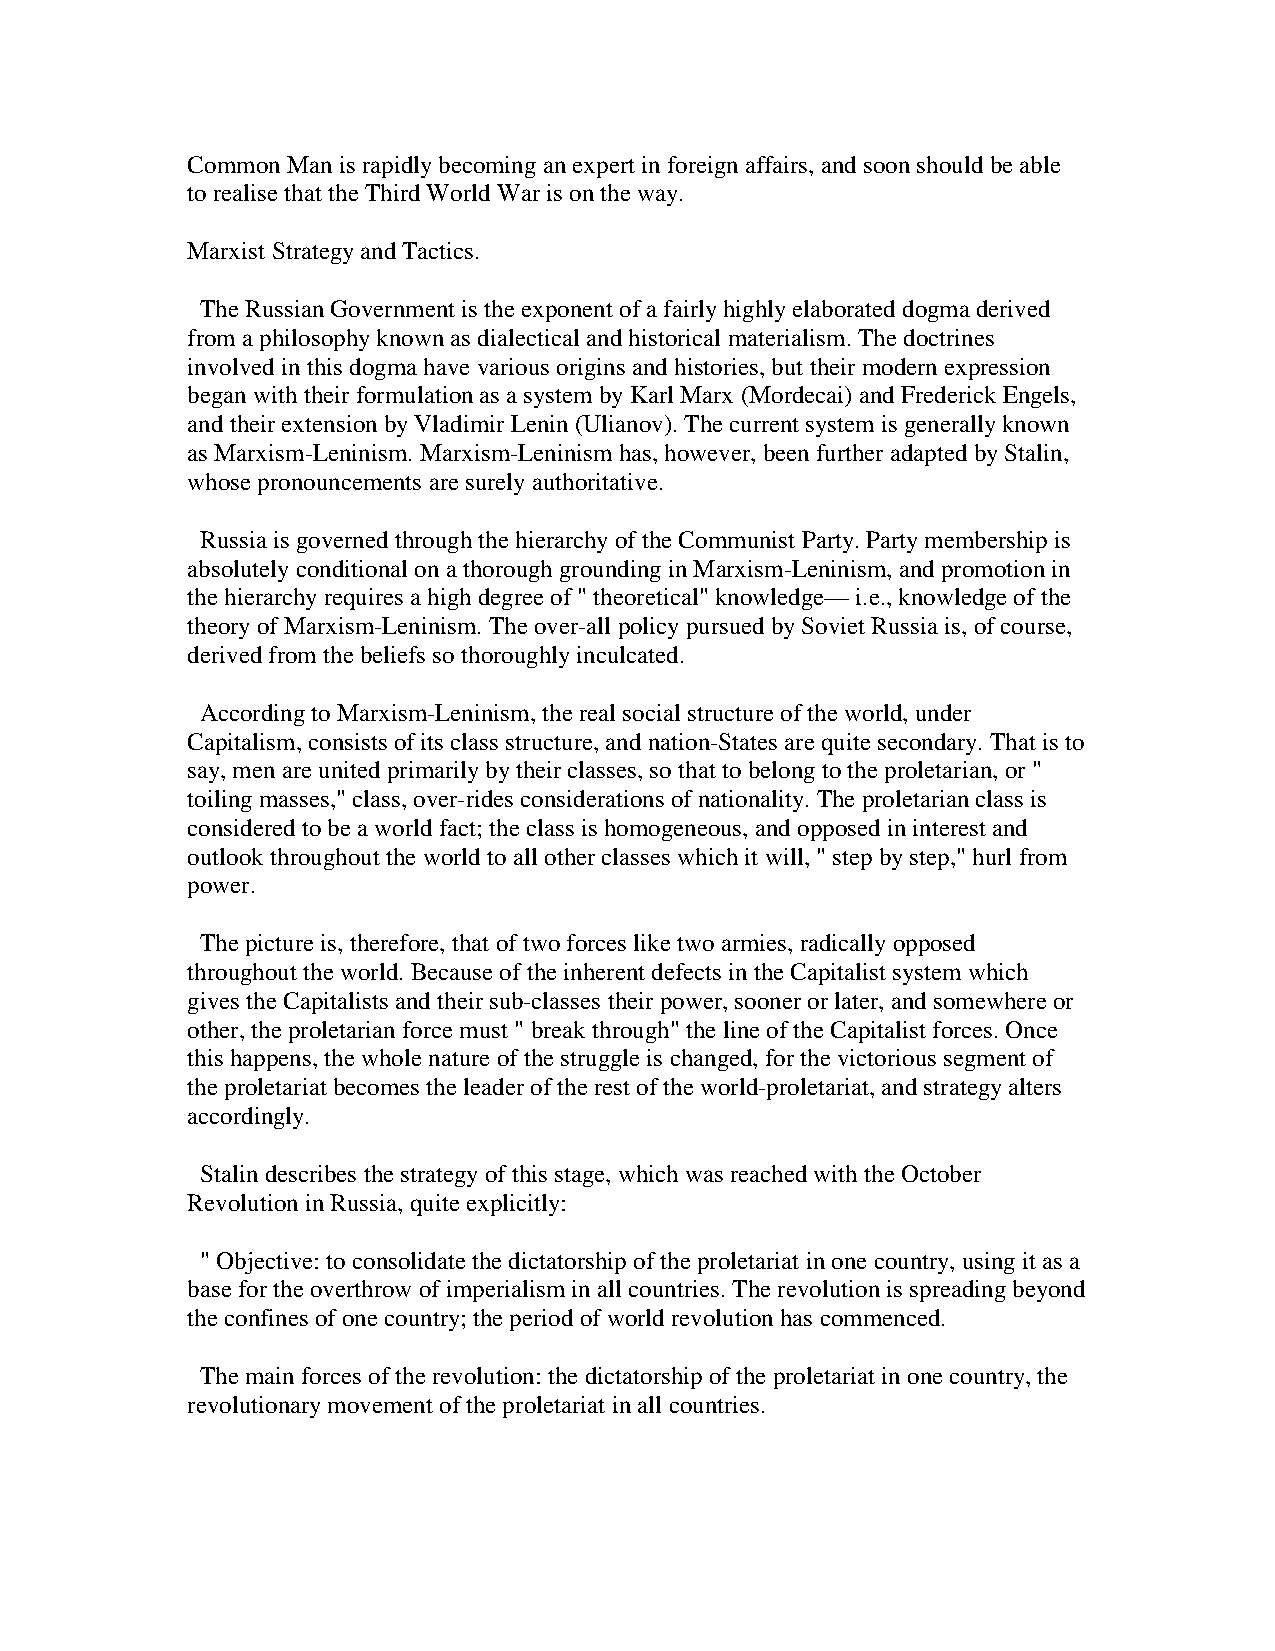
Common Man is rapidly becoming an expert in foreign affairs, and soon should be able
 to realise that the Third World War is on the way.
 Marxist Strategy and Tactics.
 The Russian Government is the exponent of a fairly highly elaborated dogma derived
 from a philosophy known as dialectical and historical materialism. The doctrines
 involved in this dogma have various origins and histories, but their modern expression
 began with their formulation as a system by Karl Marx (Mordecai) and Frederick Engels,
 and their extension by Vladimir Lenin (Ulianov). The current system is generally known
 as Marxism-Leninism. Marxism-Leninism has, however, been further adapted by Stalin,
 whose pronouncements are surely authoritative.
 Russia is governed through the hierarchy of the Communist Party. Party membership is
 absolutely conditional on a thorough grounding in Marxism-Leninism, and promotion in
 the hierarchy requires a high degree of " theoretical" knowledge— i.e., knowledge of the
 theory of Marxism-Leninism. The over-all policy pursued by Soviet Russia is, of course,
 derived from the beliefs so thoroughly inculcated.
 According to Marxism-Leninism, the real social structure of the world, under
 Capitalism, consists of its class structure, and nation-States are quite secondary. That is to
 say, men are united primarily by their classes, so that to belong to the proletarian, or "
 toiling masses," class, over-rides considerations of nationality. The proletarian class is
 considered to be a world fact; the class is homogeneous, and opposed in interest and
 outlook throughout the world to all other classes which it will, " step by step," hurl from
 power.
 The picture is, therefore, that of two forces like two armies, radically opposed
 throughout the world. Because of the inherent defects in the Capitalist system which
 gives the Capitalists and their sub-classes their power, sooner or later, and somewhere or
 other, the proletarian force must " break through" the line of the Capitalist forces. Once
 this happens, the whole nature of the struggle is changed, for the victorious segment of
 the proletariat becomes the leader of the rest of the world-proletariat, and strategy alters
 accordingly.
 Stalin describes the strategy of this stage, which was reached with the October
 Revolution in Russia, quite explicitly:
 " Objective: to consolidate the dictatorship of the proletariat in one country, using it as a
 base for the overthrow of imperialism in all countries. The revolution is spreading beyond
 the confines of one country; the period of world revolution has commenced.
 The main forces of the revolution: the dictatorship of the proletariat in one country, the
 revolutionary movement of the proletariat in all countries.